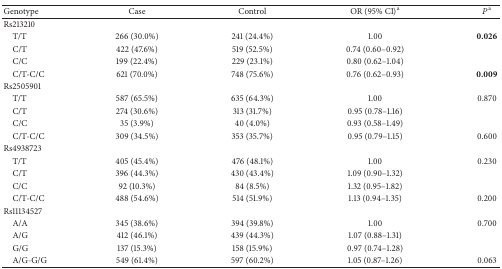
| Genotype | Case | Control | OR (95% CI)a | Pa |
 | --- | --- | --- | --- | --- |
 | Rs213210 |  |  |  |  |
 | T/T | 266 (30.0%) | 241 (24.4%) | 1.00 | 0.026 |
 | C/T | 422 (47.6%) | 519 (52.5%) | 0.74 (0.60–0.92) |  |
 | C/C | 199 (22.4%) | 229 (23.1%) | 0.80 (0.62–1.04) |  |
 | C/T-C/C | 621 (70.0%) | 748 (75.6%) | 0.76 (0.62–0.93) | 0.009 |
 | Rs2505901 |  |  |  |  |
 | T/T | 587 (65.5%) | 635 (64.3%) | 1.00 | 0.870 |
 | C/T | 274 (30.6%) | 313 (31.7%) | 0.95 (0.78–1.16) |  |
 | C/C | 35 (3.9%) | 40 (4.0%) | 0.93 (0.58–1.49) |  |
 | C/T-C/C | 309 (34.5%) | 353 (35.7%) | 0.95 (0.79–1.15) | 0.600 |
 | Rs4938723 |  |  |  |  |
 | T/T | 405 (45.4%) | 476 (48.1%) | 1.00 | 0.230 |
 | C/T | 396 (44.3%) | 430 (43.4%) | 1.09 (0.90–1.32) |  |
 | C/C | 92 (10.3%) | 84 (8.5%) | 1.32 (0.95–1.82) |  |
 | C/T-C/C | 488 (54.6%) | 514 (51.9%) | 1.13 (0.94–1.35) | 0.200 |
 | Rs11134527 |  |  |  |  |
 | A/A | 345 (38.6%) | 394 (39.8%) | 1.00 | 0.700 |
 | A/G | 412 (46.1%) | 439 (44.3%) | 1.07 (0.88–1.31) |  |
 | G/G | 137 (15.3%) | 158 (15.9%) | 0.97 (0.74–1.28) |  |
 | A/G-G/G | 549 (61.4%) | 597 (60.2%) | 1.05 (0.87–1.26) | 0.063 |